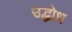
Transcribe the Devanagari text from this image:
उद्घोध